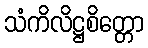
သံကိလိဋ္ဌစိတ္တော